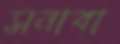
সনাবা